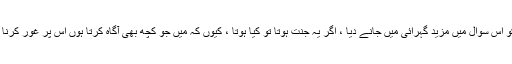
میں نے اپنے ذہن کو اس سوال میں مزید گہرائی میں جانے دیا ، اگر یہ جنت ہوتا تو کیا ہوتا ، کیوں کہ میں جو کچھ بھی آگاہ کرتا ہوں اس پر غور کرنا شروع کر دیتا ہوں۔